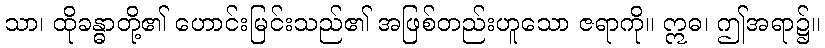
သာ၊ ထိုခန္ဓာတို့၏ ဟောင်းမြင်းသည်၏ အဖြစ်တည်းဟူသော ဇရာကို။ ဣဓ၊ ဤအရာ၌။